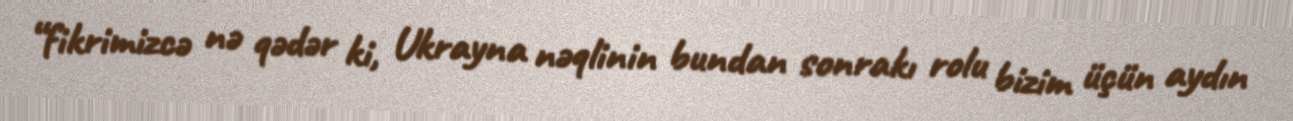
“fikrimizcə nə qədər ki, Ukrayna nəqlinin bundan sonrakı rolu bizim üçün aydın